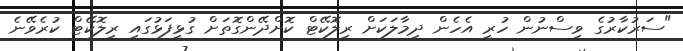
"ސަރުކާރުގެ ވިސްނުން ހުރީ އެހެން ދިމާލަކަށް ރިލޮކޭޓް ކޮށްދޭންގޮތަށް ގުޅީފަޅުގައި ރިލޮކޭޓް ކުރެވޭނެ